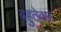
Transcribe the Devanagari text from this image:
बहुतेकसे